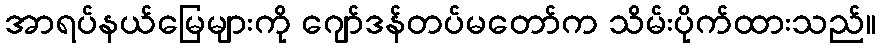
အာရပ်နယ်မြေများကို ဂျော်ဒန်တပ်မတော်က သိမ်းပိုက်ထားသည်။